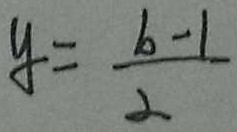
y = \frac { b - 1 } { 2 }